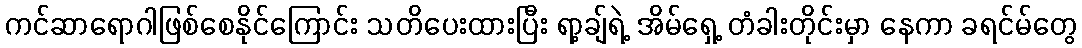
ကင်ဆာရောဂါဖြစ်စေနိုင်ကြောင်း သတိပေးထားပြီး ရာ့ချ်ရဲ့ အိမ်ရှေ့ တံခါးတိုင်းမှာ နေကာ ခရင်မ်တွေ